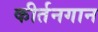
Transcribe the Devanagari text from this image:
कीर्तनगान